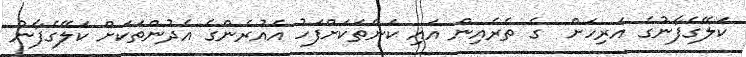
ކަލޭގެފާނުގެ އަރިހަށް  ގެ ތެރެއިން އައި ކަންތަކަށްފަހު އެއުރެންގެ އެދުންތަކަށް ކަލޭގެފާނު